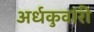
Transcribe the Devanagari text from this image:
अर्धकुवांरी